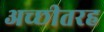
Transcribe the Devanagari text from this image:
अच्छीतरह